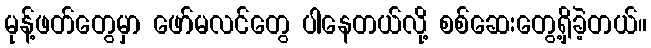
မုန့်ဖတ်တွေမှာ ဖော်မလင်တွေ ပါနေတယ်လို့ စစ်ဆေးတွေ့ရှိခဲ့တယ်။